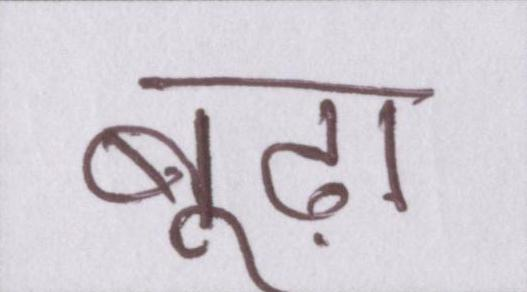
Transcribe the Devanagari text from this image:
बूढ़ा